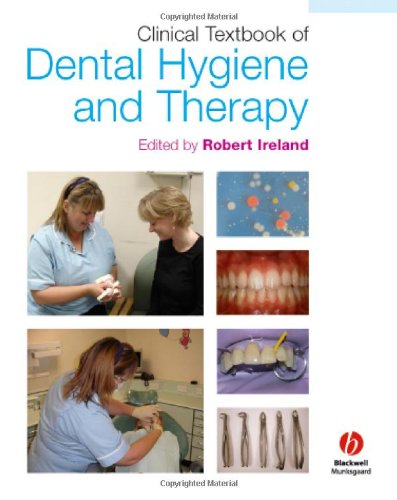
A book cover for Clinical Textbook of Dental Hygiene and Therapy; Medical Books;